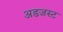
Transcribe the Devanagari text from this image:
अडजस्ट